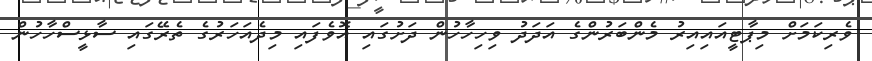
ވެރިކަމަށް މިޕާޓީއައިއިރު މެންބަރުންގެ އަދަދު ވިހިހާހުން ދަށުގައި އޮވެފައި މިދެއަހަރުގެ ތެރޭގައި ސާޅީސްހާހުން